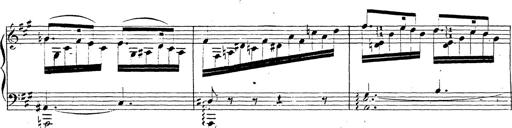
Title: Chanson bohÃ©mienne
Composer: Franz Liszt